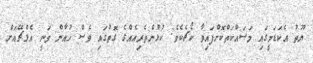
ޔޫތު އެކަޑަމީގައި މަސައްކަތްކޮށްފައިވާ ކޯޗެކެވެ. ކުޅުންތެރިއެއްގެ ގޮތުގައި ވެސް ހުއާން ވަނީ އެލްޗޭއަށް